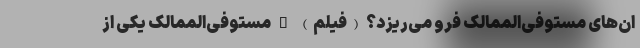
ان‌های مستوفی‌الممالک فرو می‌ریزد؟ (فیلم) _ مستوفی‌الممالک یکی از